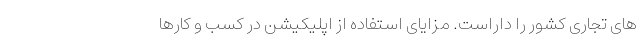
های تجاری کشور را داراست. مزایای استفاده از اپلیکیشن در کسب و کارها